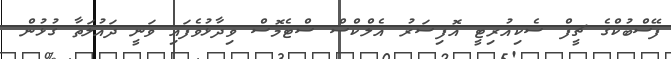
ފޭސްބުކްގެ ޗީފް ސެކިއުރިޓީ އޮފިސަރު އެލްކްސް ސްޓެމޮސް ވިދާޅުވެފައި ވަނީ ދައުލަތާ ގުޅުން